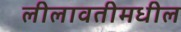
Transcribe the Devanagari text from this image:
लीलावतीमधील